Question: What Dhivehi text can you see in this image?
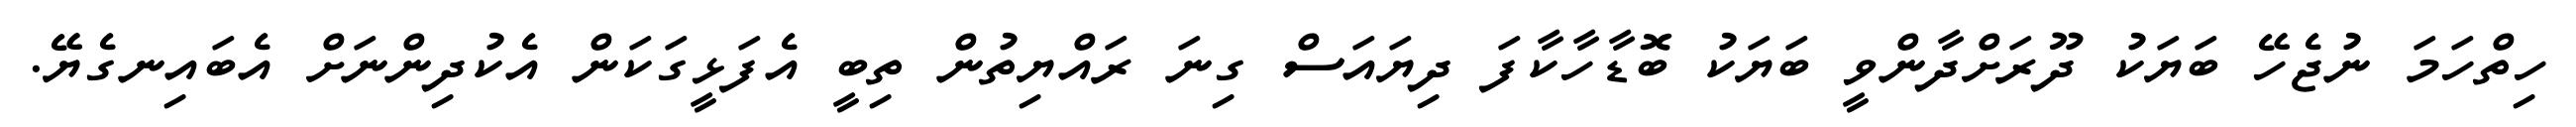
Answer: ހިތްހަމަ ނުޖެހޭ ބަޔަކު ދޫރަށްދާންވީ ބަޔަކު ބޮޑާހާކާފަ ދިޔައަސް ގިނަ ރައްޔިތުން ތިބީ އެފަޅީގަކަން އެކުދިންނަށް އެބައިނގެޔޭ.